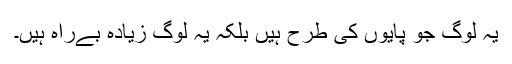
یہ لوگ جو پایوں کی طرح ہیں بلکہ یہ لوگ زیادہ بےراہ ہیں۔